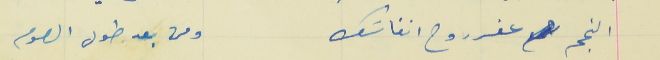
النجم عفر روح انفاسَك                                        ومن بعد طول الصوم